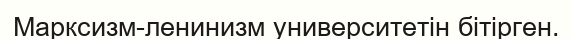
Марксизм-ленинизм университетін бітірген.